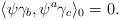
LaTeX: \begin{align*}\langle \psi\gamma_b, \psi^{a}\gamma_c\rangle_{0}=0.\end{align*}